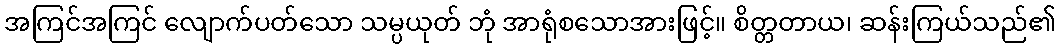
အကြင်အကြင် လျောက်ပတ်သော သမ္ပယုတ် ဘုံ အာရုံစသောအားဖြင့်။ စိတ္တတာယ၊ ဆန်းကြယ်သည်၏